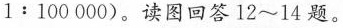
$$1 : 1 0 0 0 0 0$$)。读图回答12~14题。